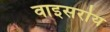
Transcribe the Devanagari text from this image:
वाइसरॊय